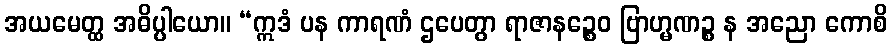
အယမေတ္ထ အဓိပ္ပါယော။ “ဣဒံ ပန ကာရဏံ ဌပေတွာ ရာဇာနဉ္စေဝ ဗြာဟ္မဏဉ္စ န အညော ကောစိ